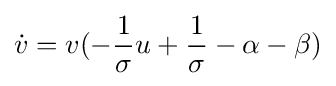
{\dot {v}}=v(-{\frac {1}{\sigma }}u+{\frac {1}{\sigma }}-\alpha -\beta )